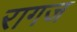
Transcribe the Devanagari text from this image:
रागज